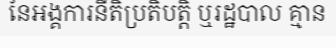
នៃអង្គការនីតិប្រតិបត្តិ ឬរដ្ឋបាល គ្មាន